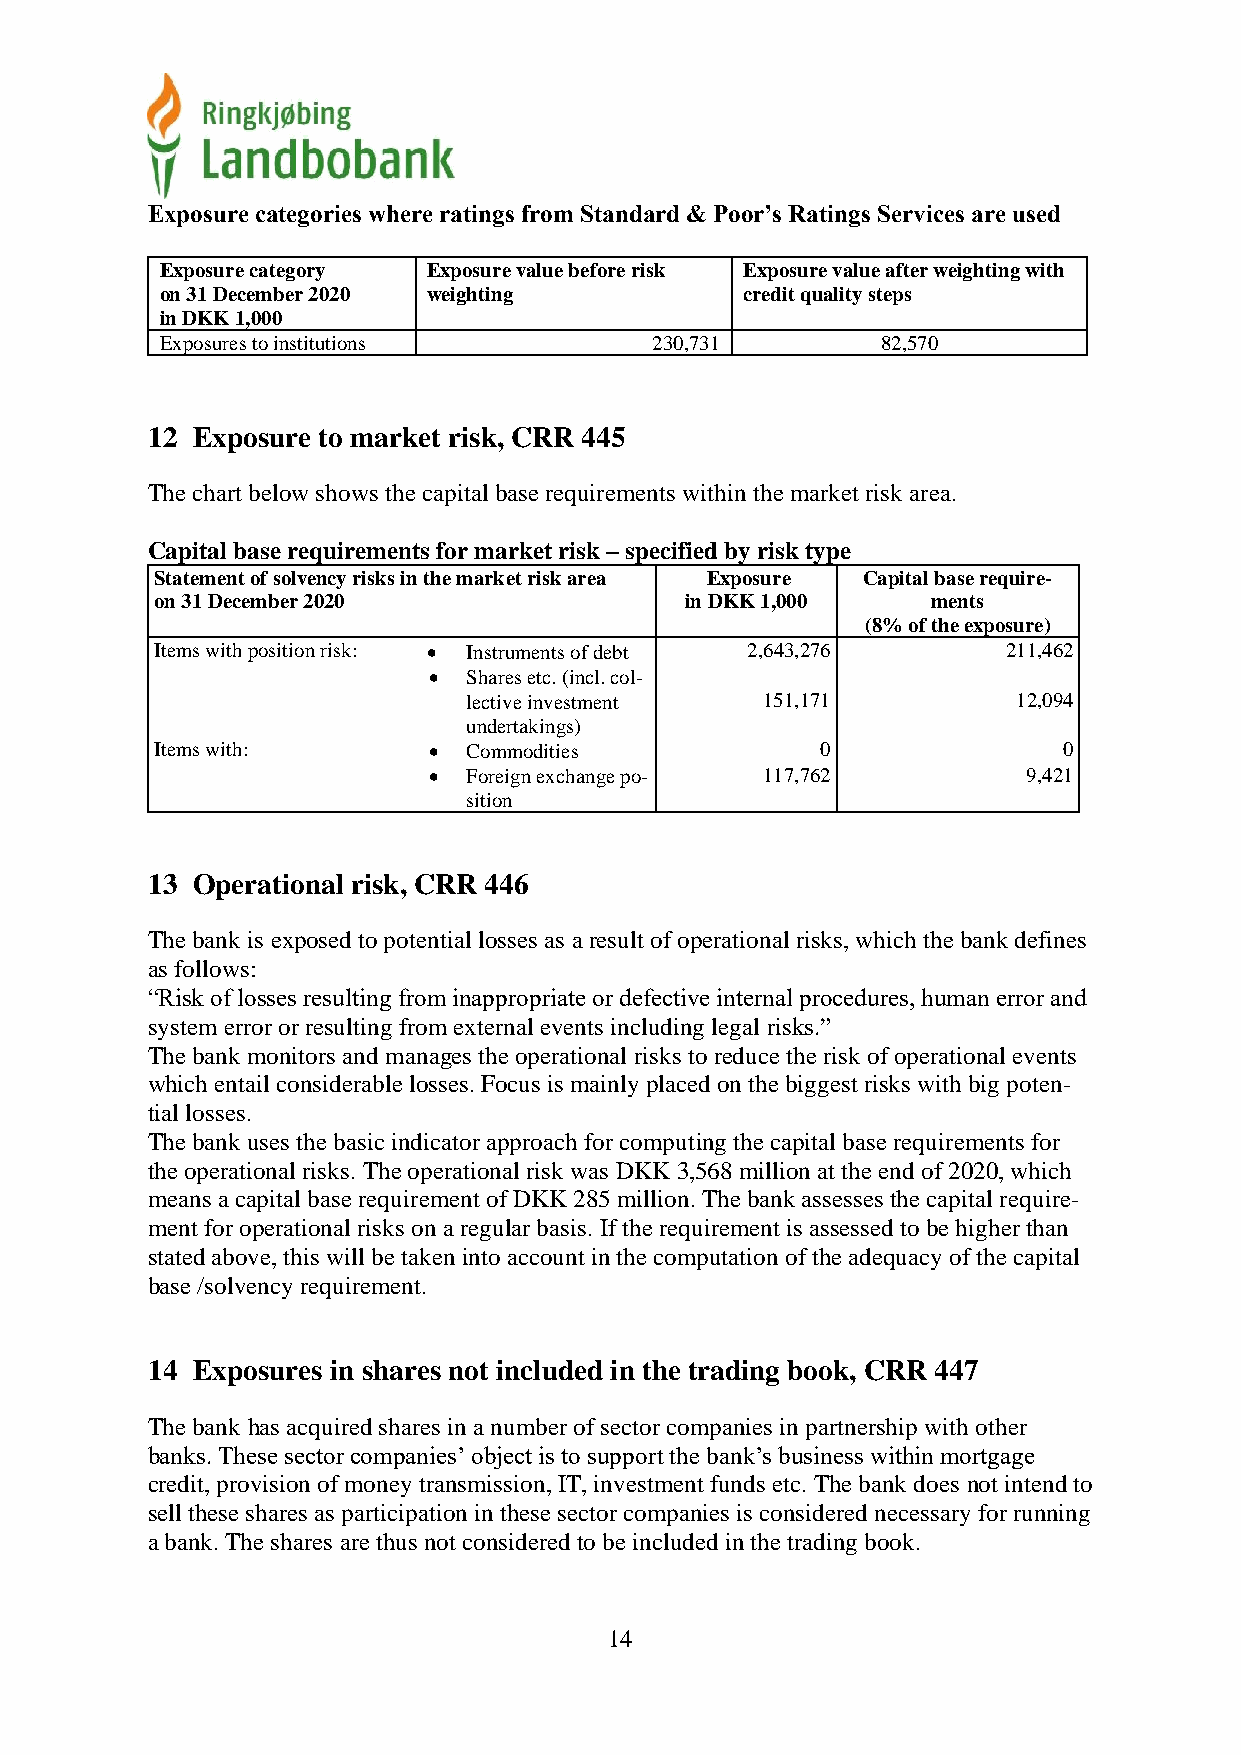
Exposure categories where ratings from Standard & Poor’s Ratings Services are used
 Exposure category Exposure value before risk Exposure value after weighting with
 on 31 December 2020 weighting         credit quality steps
 in DKK 1,000
 Exposures to institutions       230,731        82,570
 12 Exposure to market risk, CRR 445
 The chart below shows the capital base requirements within the market risk area.
 Capital base requirements for market risk – specified by risk type
 Statement of solvency risks in the market risk area Exposure Capital base require-
 on 31 December 2020                in DKK 1,000     ments
 (8% of the exposure)
 Items with position risk: • Instruments of debt 2,643,276 211,462
 •  Shares etc. (incl. col-
 lective investment 151,171          12,094
 undertakings)
 Items with:       •  Commodities            0               0
 •  Foreign exchange po- 117,762         9,421
 sition
 13 Operational risk, CRR 446
 The bank is exposed to potential losses as a result of operational risks, which the bank defines
 as follows:
 “Risk of losses resulting from inappropriate or defective internal procedures, human error and
 system error or resulting from external events including legal risks.”
 The bank monitors and manages the operational risks to reduce the risk of operational events
 which entail considerable losses. Focus is mainly placed on the biggest risks with big poten-
 tial losses.
 The bank uses the basic indicator approach for computing the capital base requirements for
 the operational risks. The operational risk was DKK 3,568 million at the end of 2020, which
 means a capital base requirement of DKK 285 million. The bank assesses the capital require-
 ment for operational risks on a regular basis. If the requirement is assessed to be higher than
 stated above, this will be taken into account in the computation of the adequacy of the capital
 base /solvency requirement.
 14 Exposures in shares not included in the trading book, CRR 447
 The bank has acquired shares in a number of sector companies in partnership with other
 banks. These sector companies’ object is to support the bank’s business within mortgage
 credit, provision of money transmission, IT, investment funds etc. The bank does not intend to
 sell these shares as participation in these sector companies is considered necessary for running
 a bank. The shares are thus not considered to be included in the trading book.
 14